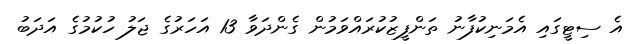
އެ ސިޓީގައި އެމަނިކުފާނު ތަންފީޒުކުރައްވަމުން ގެންދަވާ 13 އަހަރުގެ ޖަލު ހުކުމުގެ އަދަބު